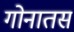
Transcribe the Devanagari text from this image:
गोनातस